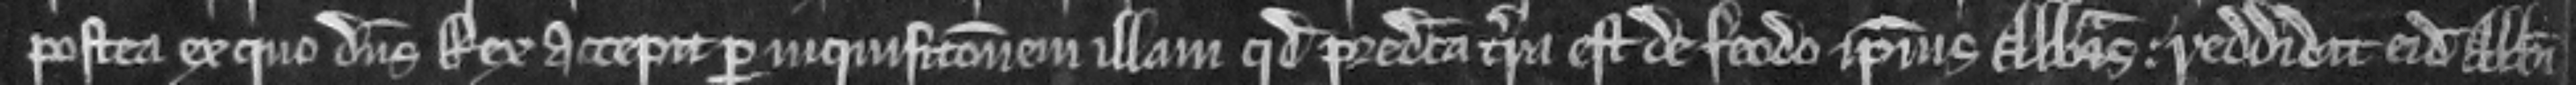
postea ex quo dominus Rex accepit per inquisicionem illam quod predicta terra est de feodo ipsius Abbatis. reddidit eidem Abbati